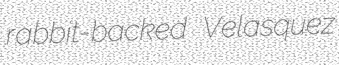
rabbit-backed Velasquez